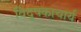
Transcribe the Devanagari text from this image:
विदूषकाचार्य